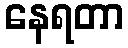
နေရတာ